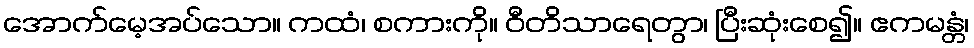
အောက်မေ့အပ်သော။ ကထံ၊ စကားကို။ ဝီတိသာရေတွာ၊ ပြီးဆုံးစေ၍။ ဧကမန္တံ၊